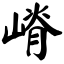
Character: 嵴